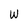
Character: w